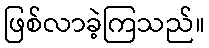
ဖြစ်လာခဲ့ကြသည်။